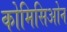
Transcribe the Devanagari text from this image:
कोमिसिओन